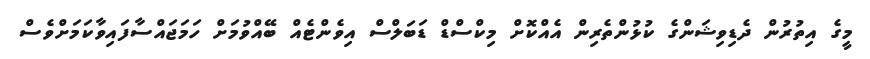
މީގެ އިތުރުން ދެޑިވިޝަންގެ ކުޅުންތެރިން އެއްކޮށް މިކްސްޑް ޑަބަލްސް އިވެންޓެއް ބޭއްވުމަށް ހަމަޖައްސާފައިވާކަމަށްވެސް